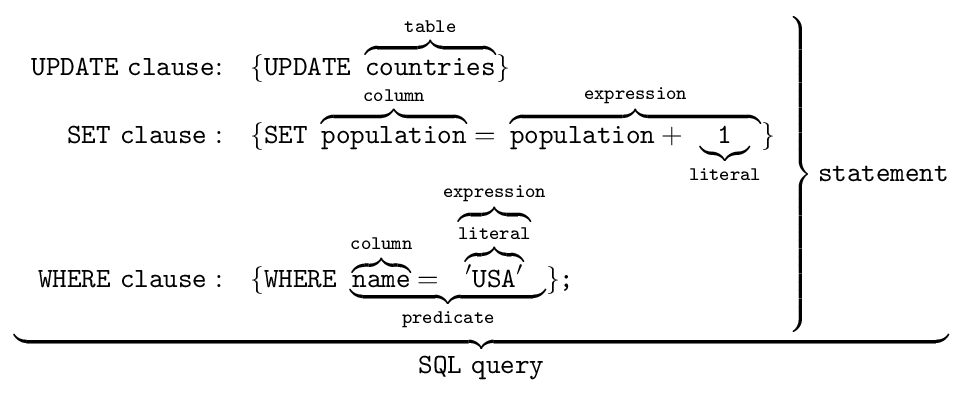
\underbrace {\left.{\begin{array}{rl}\textstyle {\mathtt {UPDATE~clause{\mathtt {:}}}}&\{{\mathtt {UPDATE\ \overbrace {\mathtt {countries}} ^{\mathtt {table}}}}\}\\\textstyle {\mathtt {SET~clause:}}&\{{{\mathtt {SET\ \overbrace {\mathtt {population}} ^{\mathtt {column}}=~}}\overbrace {\mathtt {{population}+\underbrace {\mathtt {1}} _{\mathtt {literal}}}} ^{\mathtt {expression}}}\}\\\textstyle {\mathtt {WHERE~clause:}}&\{{{\mathtt {WHERE\ \underbrace {\overbrace {\mathtt {name}} ^{\mathtt {column}}{\mathtt {=}}\overbrace {\overbrace {\mathtt {'USA'}} ^{\mathtt {literal}}} ^{\mathtt {expression}}} _{\mathtt {predicate}}}}\}{\texttt {;}}}\end{array}}\right\}{\textstyle {\texttt {statement}}}} _{\textstyle {\mathtt {SQL~query}}}